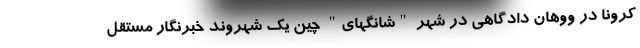
کرونا در ووهان دادگاهی در شهر "شانگهای" چین یک شهروند خبرنگار مستقل